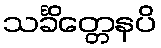
သင်္ခိတ္တေနပိ